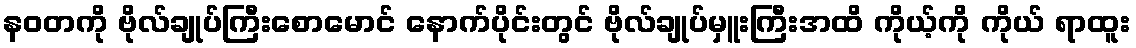
နဝတကို ဗိုလ်ချုပ်ကြီးစောမောင် နောက်ပိုင်းတွင် ဗိုလ်ချုပ်မှူးကြီးအထိ ကိုယ့်ကို ကိုယ် ရာထူး